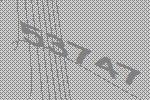
53747